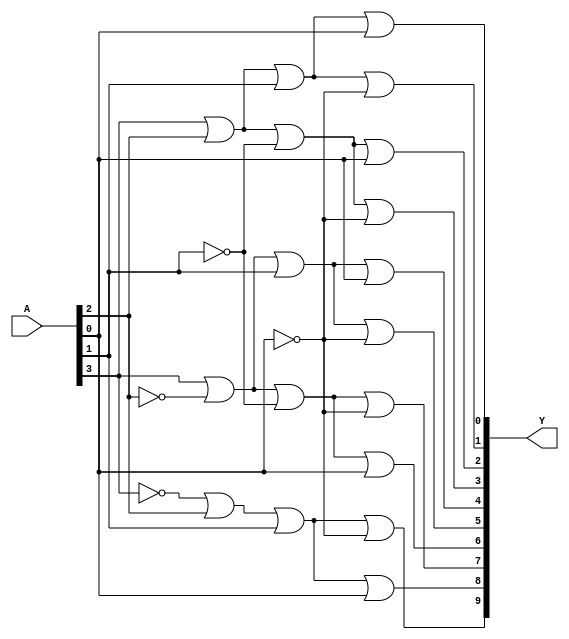
module Decimal_Decoder (A, Y); //defines decimal decoder module
	input [3:0]A; //defines a 4 bit input for A
	output[9:0]Y; //defines a 10 bit output for Y
	
	
	assign Y[0]=  A[3] |  A[2] |  A[1] |  A[0]; //assigns POS form for Y[0]
	assign Y[1]=  A[3] |  A[2] |  A[1] | ~A[0]; //assigns POS form for Y[1]
	assign Y[2]=  A[3] |  A[2] | ~A[1] |  A[0]; //assigns POS form for Y[2]
	assign Y[3]=  A[3] |  A[2] | ~A[1] | ~A[0]; //assigns POS form for Y[3]
	assign Y[4]=  A[3] | ~A[2] |  A[1] |  A[0]; //assigns POS form for Y[4]
	assign Y[5]=  A[3] | ~A[2] |  A[1] | ~A[0]; //assigns POS form for Y[5]
	assign Y[6]=  A[3] | ~A[2] | ~A[1] |  A[0]; //assigns POS form for Y[6]
	assign Y[7]=  A[3] | ~A[2] | ~A[1] | ~A[0]; //assigns POS form for Y[7]
	assign Y[8]= ~A[3] |  A[2] |  A[1] |  A[0]; //assigns POS form for Y[8]
	assign Y[9]= ~A[3] |  A[2] |  A[1] | ~A[0]; //assigns POS form for Y[9]
 
	
endmodule //ends module